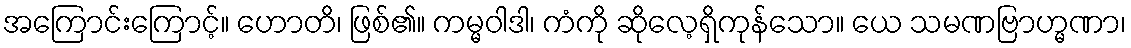
အကြောင်းကြောင့်။ ဟောတိ၊ ဖြစ်၏။ ကမ္မဝါဒါ၊ ကံကို ဆိုလေ့ရှိကုန်သော။ ယေ သမဏဗြာဟ္မဏာ၊